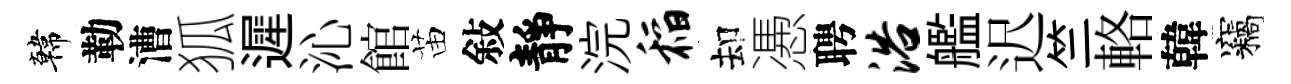
韓勒漕狐遲沁館苗敍靜浣稻却慿聘浴艦迟竺輅韓竊